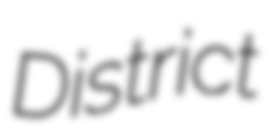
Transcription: District